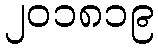
၂၀၁၈၁၉